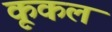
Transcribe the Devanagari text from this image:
कूकल